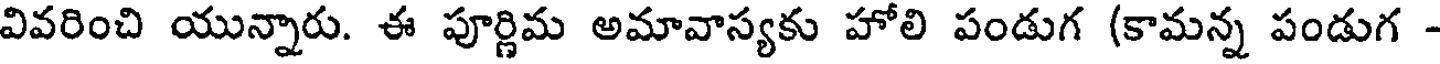
వివరించి యున్నారు. ఈ పూర్ణిమ అమావాస్యకు హోలి పండుగ (కామన్న పండుగ -